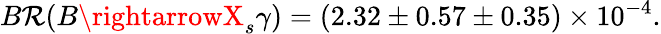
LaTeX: B\mathcal{R}(B\rightarrowX_{s}\gamma)=(2.32\pm0.57\pm0.35)\times10^{-4}.